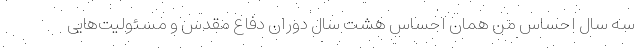
سه سال احساس من همان احساس هشت سال دوران دفاع مقدس و مسئولیت‌هایی